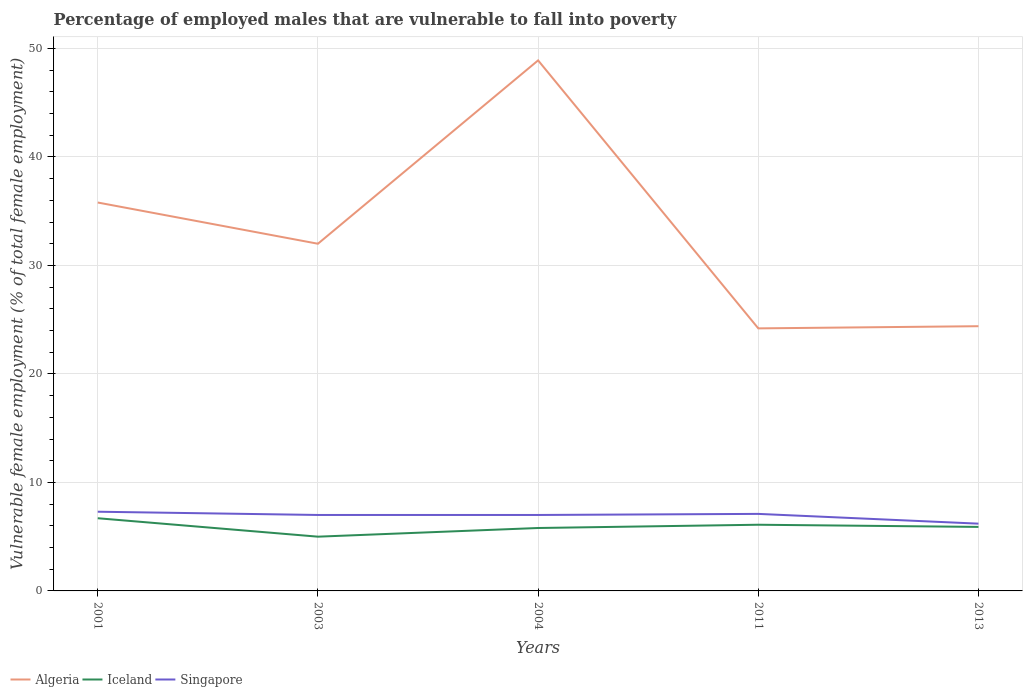
| Years | Algeria | Iceland | Singapore |
 | --- | --- | --- | --- |
 | 2001 | 35.8 | 6.7 | 7.3 |
 | 2003 | 32 | 5 | 7 |
 | 2004 | 48.9 | 5.8 | 7 |
 | 2011 | 24.2 | 6.1 | 7.1 |
 | 2013 | 24.4 | 5.9 | 6.2 |